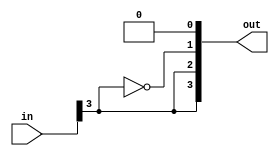
module reuse_bits(out, in);
    input  [3:0] in;
    output [3:0] out;

    assign out[3] = in[3];
    assign out[2] = out[3];
    assign out[1] = !out[2];
    assign out[0] = out[2] & out[1];

endmodule

module invert_bits(out, in);
    input  [3:0] in;
    output [3:0] out;

    wire   [3:0] w1;
    reuse_bits r0(w1, in);

    assign out[3] = w1[3];
    assign out[2] = w1[1];
    assign out[1] = !w1[2];
    assign out[0] = !w1[0];

endmodule

module top(out, in);
    input  [3:0] in;
    output       out;

    wire   [3:0] w1;
    invert_bits invert0(w1, in);

    assign out = &w1;

endmodule